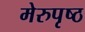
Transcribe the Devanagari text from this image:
मेरुपृष्ठ